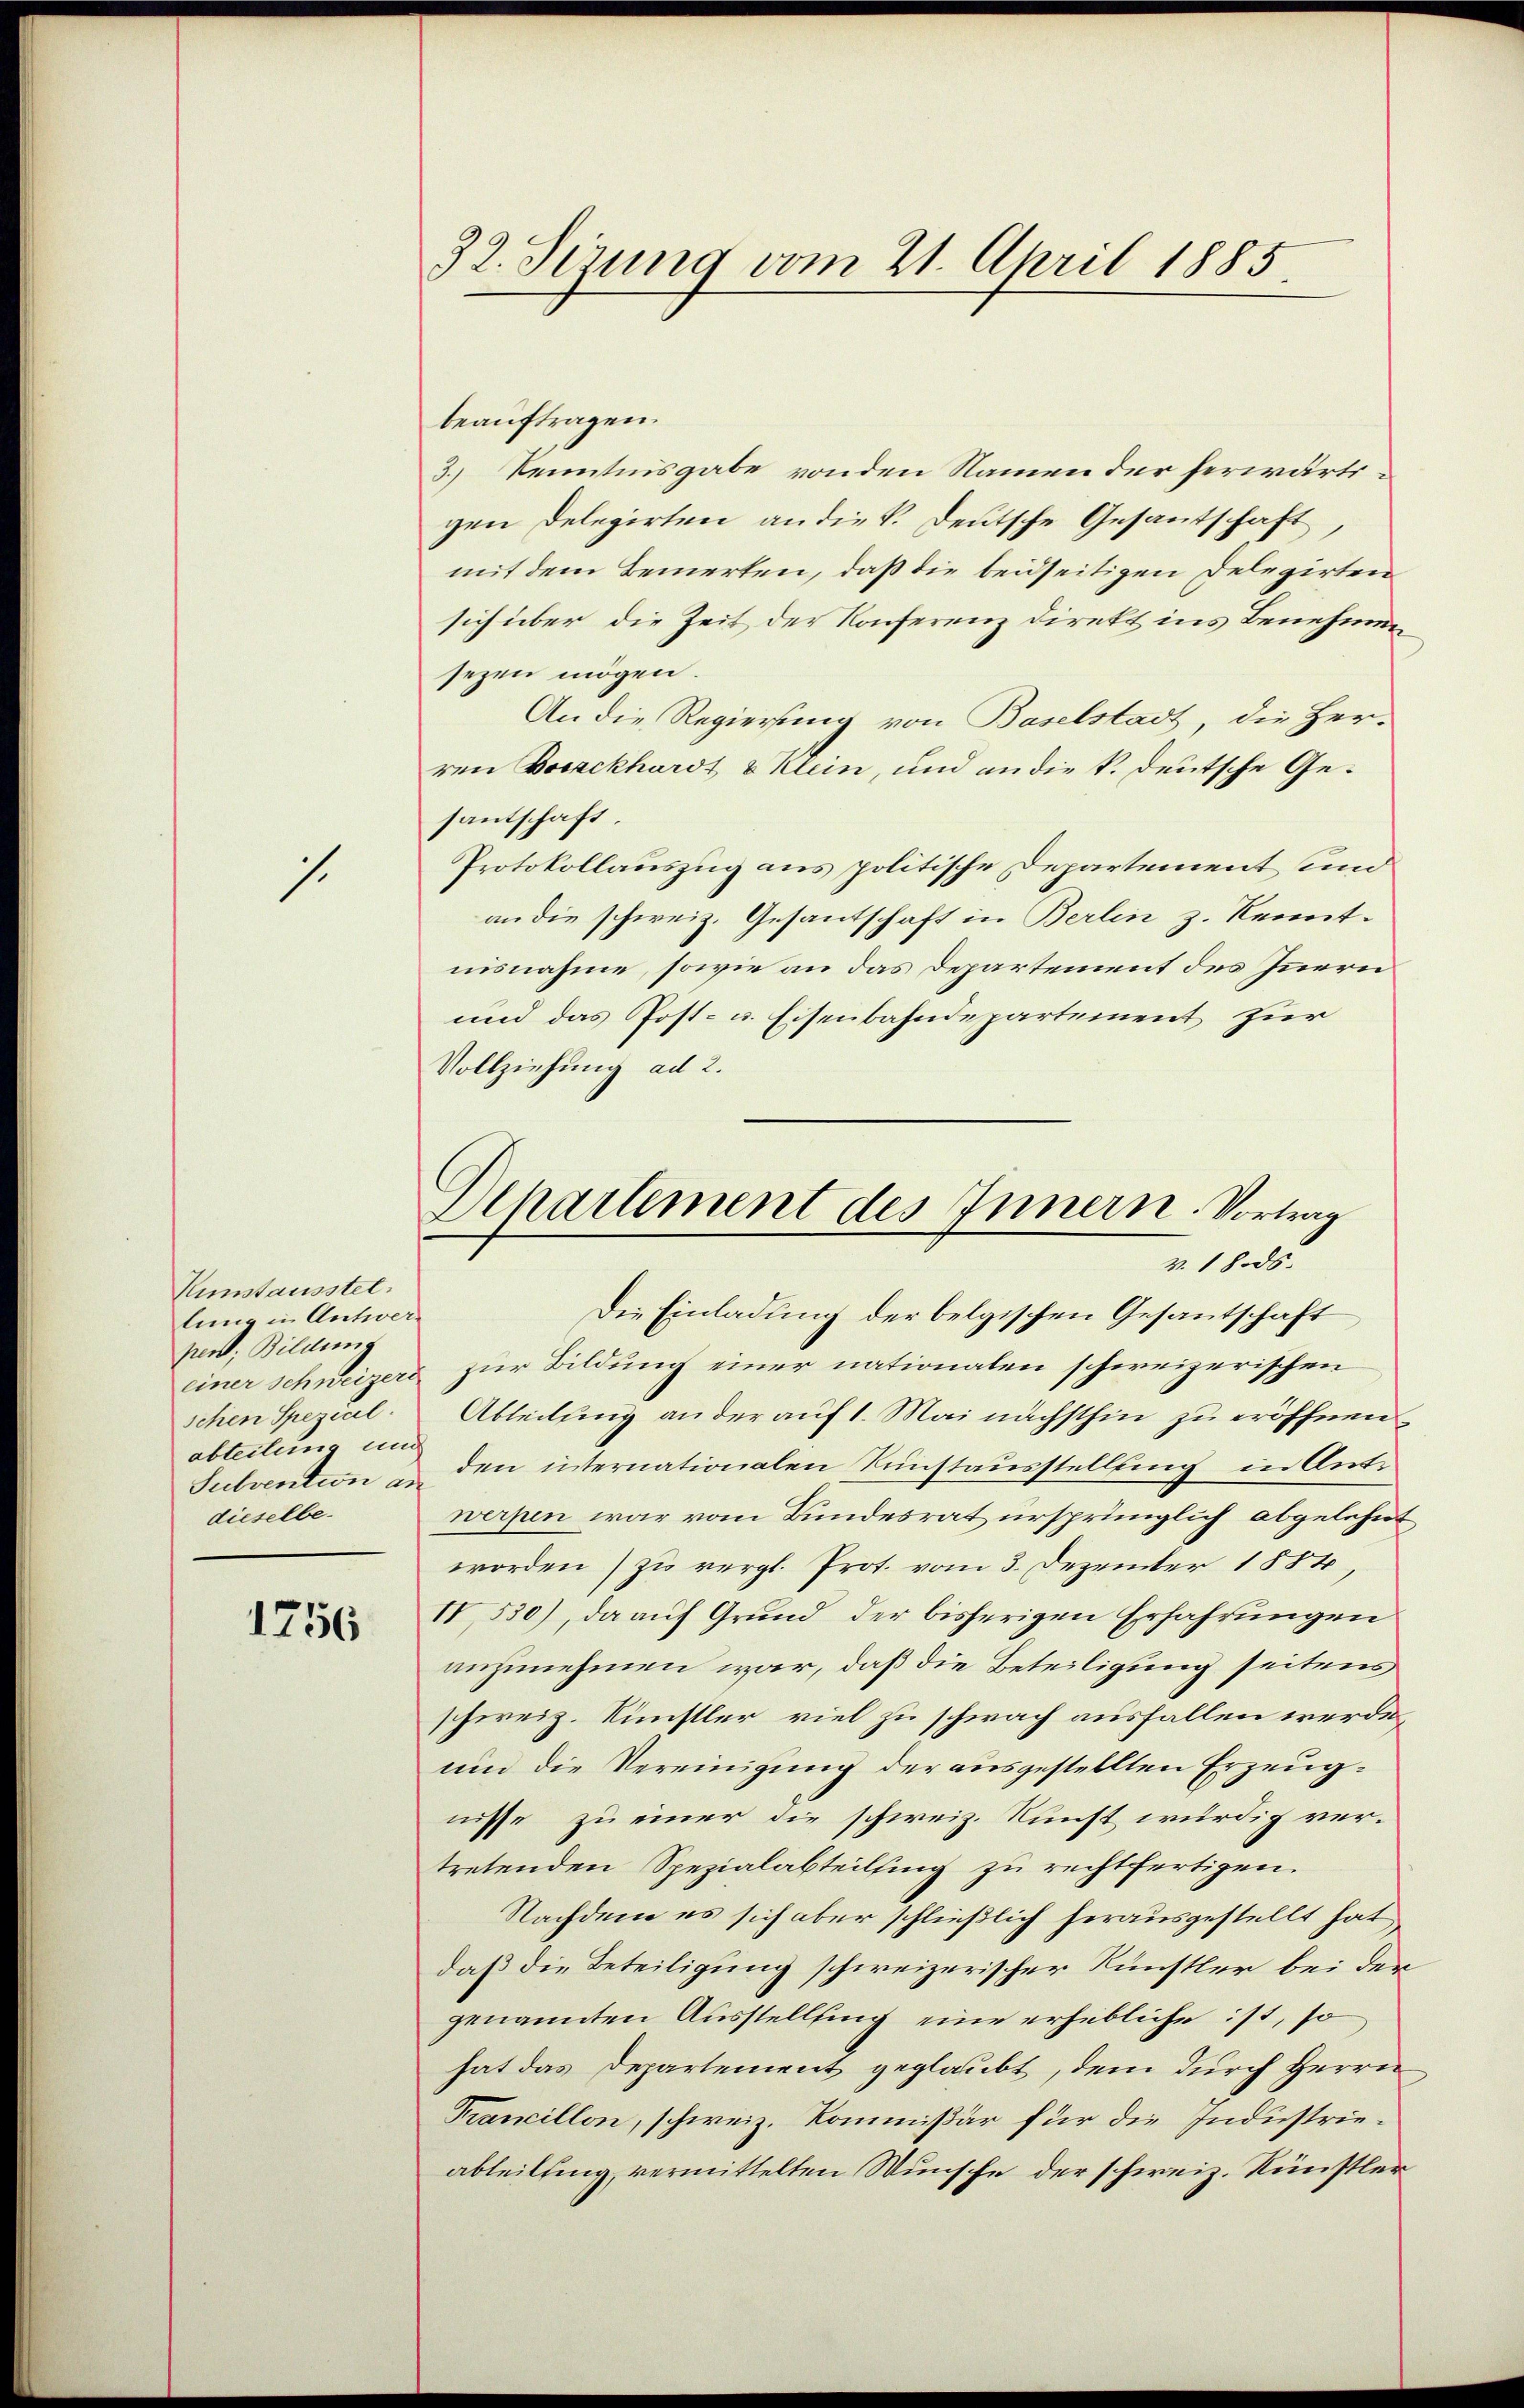
1.

Uunstausstel
lung in Antwer-
per, Bildung
abteilung und
dieselbe.

1756

beauftragen.
3.) Kenntnisgabe von den Namen der herwärtigen Delegirten an die k. Deutsche Gesantschaft,
mit dem Bemerken, daß die beidseitigen Delegirten
sich über die Zeit der Konferenz direkt ins Benehmen
sezen mögen.
An die Regierung von Baselstadt, die Her-
ren Borckhardt & Klein, und an die k. deutsche Gesantschaft.
Protokollauszug aus politische Departement und
an die schweiz. Gesantschaft in Berlin z. Kenntnisnahme, sowie an das Departement des Innern
und das Post- u. Eisenbahndepartement zur
Vollziehung ad 2.

32. Jezung vom 21. April 1885

Departement des Innern. Vortrag
v. 18. ds.

Die Einladung der belgischen Gesantschaft
einer schweizers zur Bildung einer nationalen schweizerischen
schen Spezial-Abteilung an der auf 1. Mai nächsthin zu eröffnen¬
Subvention u den internationalen Kunstausstellung in Ant.
werpen war vom Bundesrat ursprünglich abgelehnt
worden zu vergl. Prot. vom 3. Dezember 1884,
IV 530), da auf Grund, der bisherigen Erfahrungen
anzunehmen war, daß die Beteiligung seitens
schweiz. Künstler viel zu schwach ausfallen werde.
und die Vereinigung der ausgestellten Erzeugnisse zu einer die schweiz. Kunst würdig vertretenden Spezialabteilsing zu rechtfertigen.
Nachdem es sich aber schließlich herausgestellt hat
daß die Beteiligung schweizerischer Künstler bei der
genannten Ausstellung eine erhebliche ist, so
hat das Departement geglaubt, dem durch Herrn
Krancillon, schweiz. Kommißär für die Industrieabteilting, vermittelten Wünsche der schweiz. Künstler